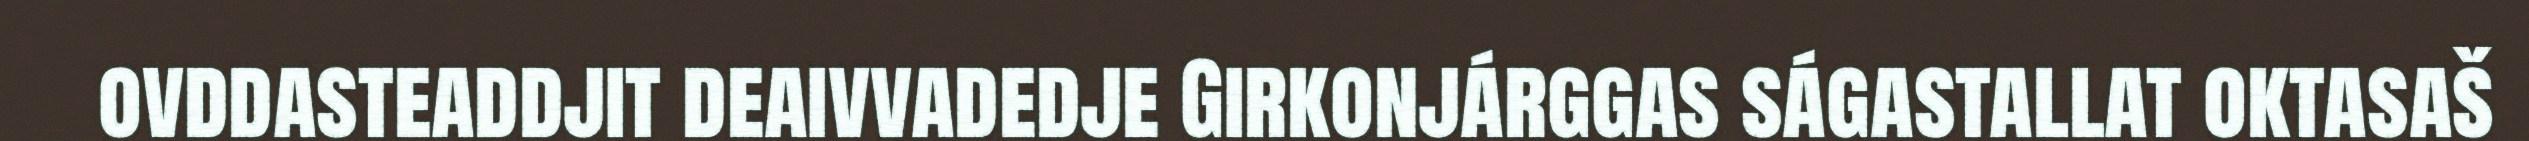
ovddasteaddjit deaivvadedje Girkonjárggas ságastallat oktasaš